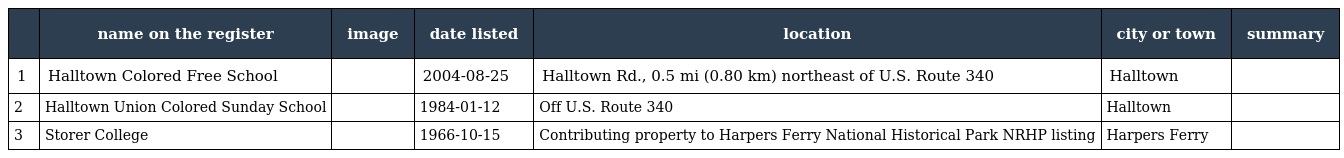
|  | name on the register | image | date listed | location | city or town | summary |
 | --- | --- | --- | --- | --- | --- | --- |
 | 1 | Halltown Colored Free School |  | 2004-08-25 | Halltown Rd., 0.5 mi (0.80 km) northeast of U.S. Route 340 | Halltown |  |
 | 2 | Halltown Union Colored Sunday School |  | 1984-01-12 | Off U.S. Route 340 | Halltown |  |
 | 3 | Storer College |  | 1966-10-15 | Contributing property to Harpers Ferry National Historical Park NRHP listing | Harpers Ferry |  |